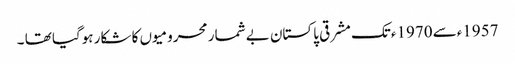
1957ءسے 1970ءتک مشرقی پاکستان بے شمار محرومیوں کا شکار ہوگیا تھا ۔